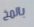
بالمخ